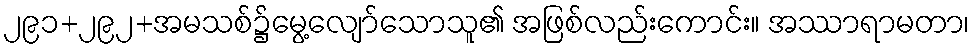
၂၉၁+၂၉၂+အမသစ်၌မွေ့လျော်သောသူ၏ အဖြစ်လည်းကောင်း။ အဿာရာမတာ၊